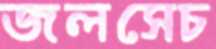
জলসেচ